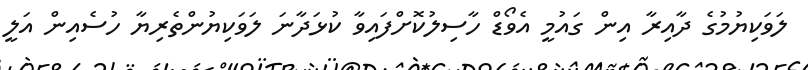
ލަވަކިޔުމުގެ ދާއިރާ އިން ގައުމީ އެވޯޑް ހާސިލުކޮށްފައިވާ ކުޅަދާނަ ލަވަކިޔުންތެރިޔާ ހުސެއިން އަލީ